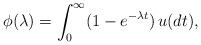
LaTeX: \begin{align*}\phi(\lambda)=\int^\infty_0(1-e^{-\lambda t})\,u(dt),\end{align*}